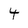
Character: 4